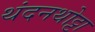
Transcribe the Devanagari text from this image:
थंदनथोट्टा